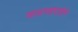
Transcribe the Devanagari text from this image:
साधनसंपत्तीने